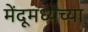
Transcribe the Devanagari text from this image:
मेंदूमध्येच्या